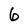
Character: 6